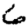
Digit: 6